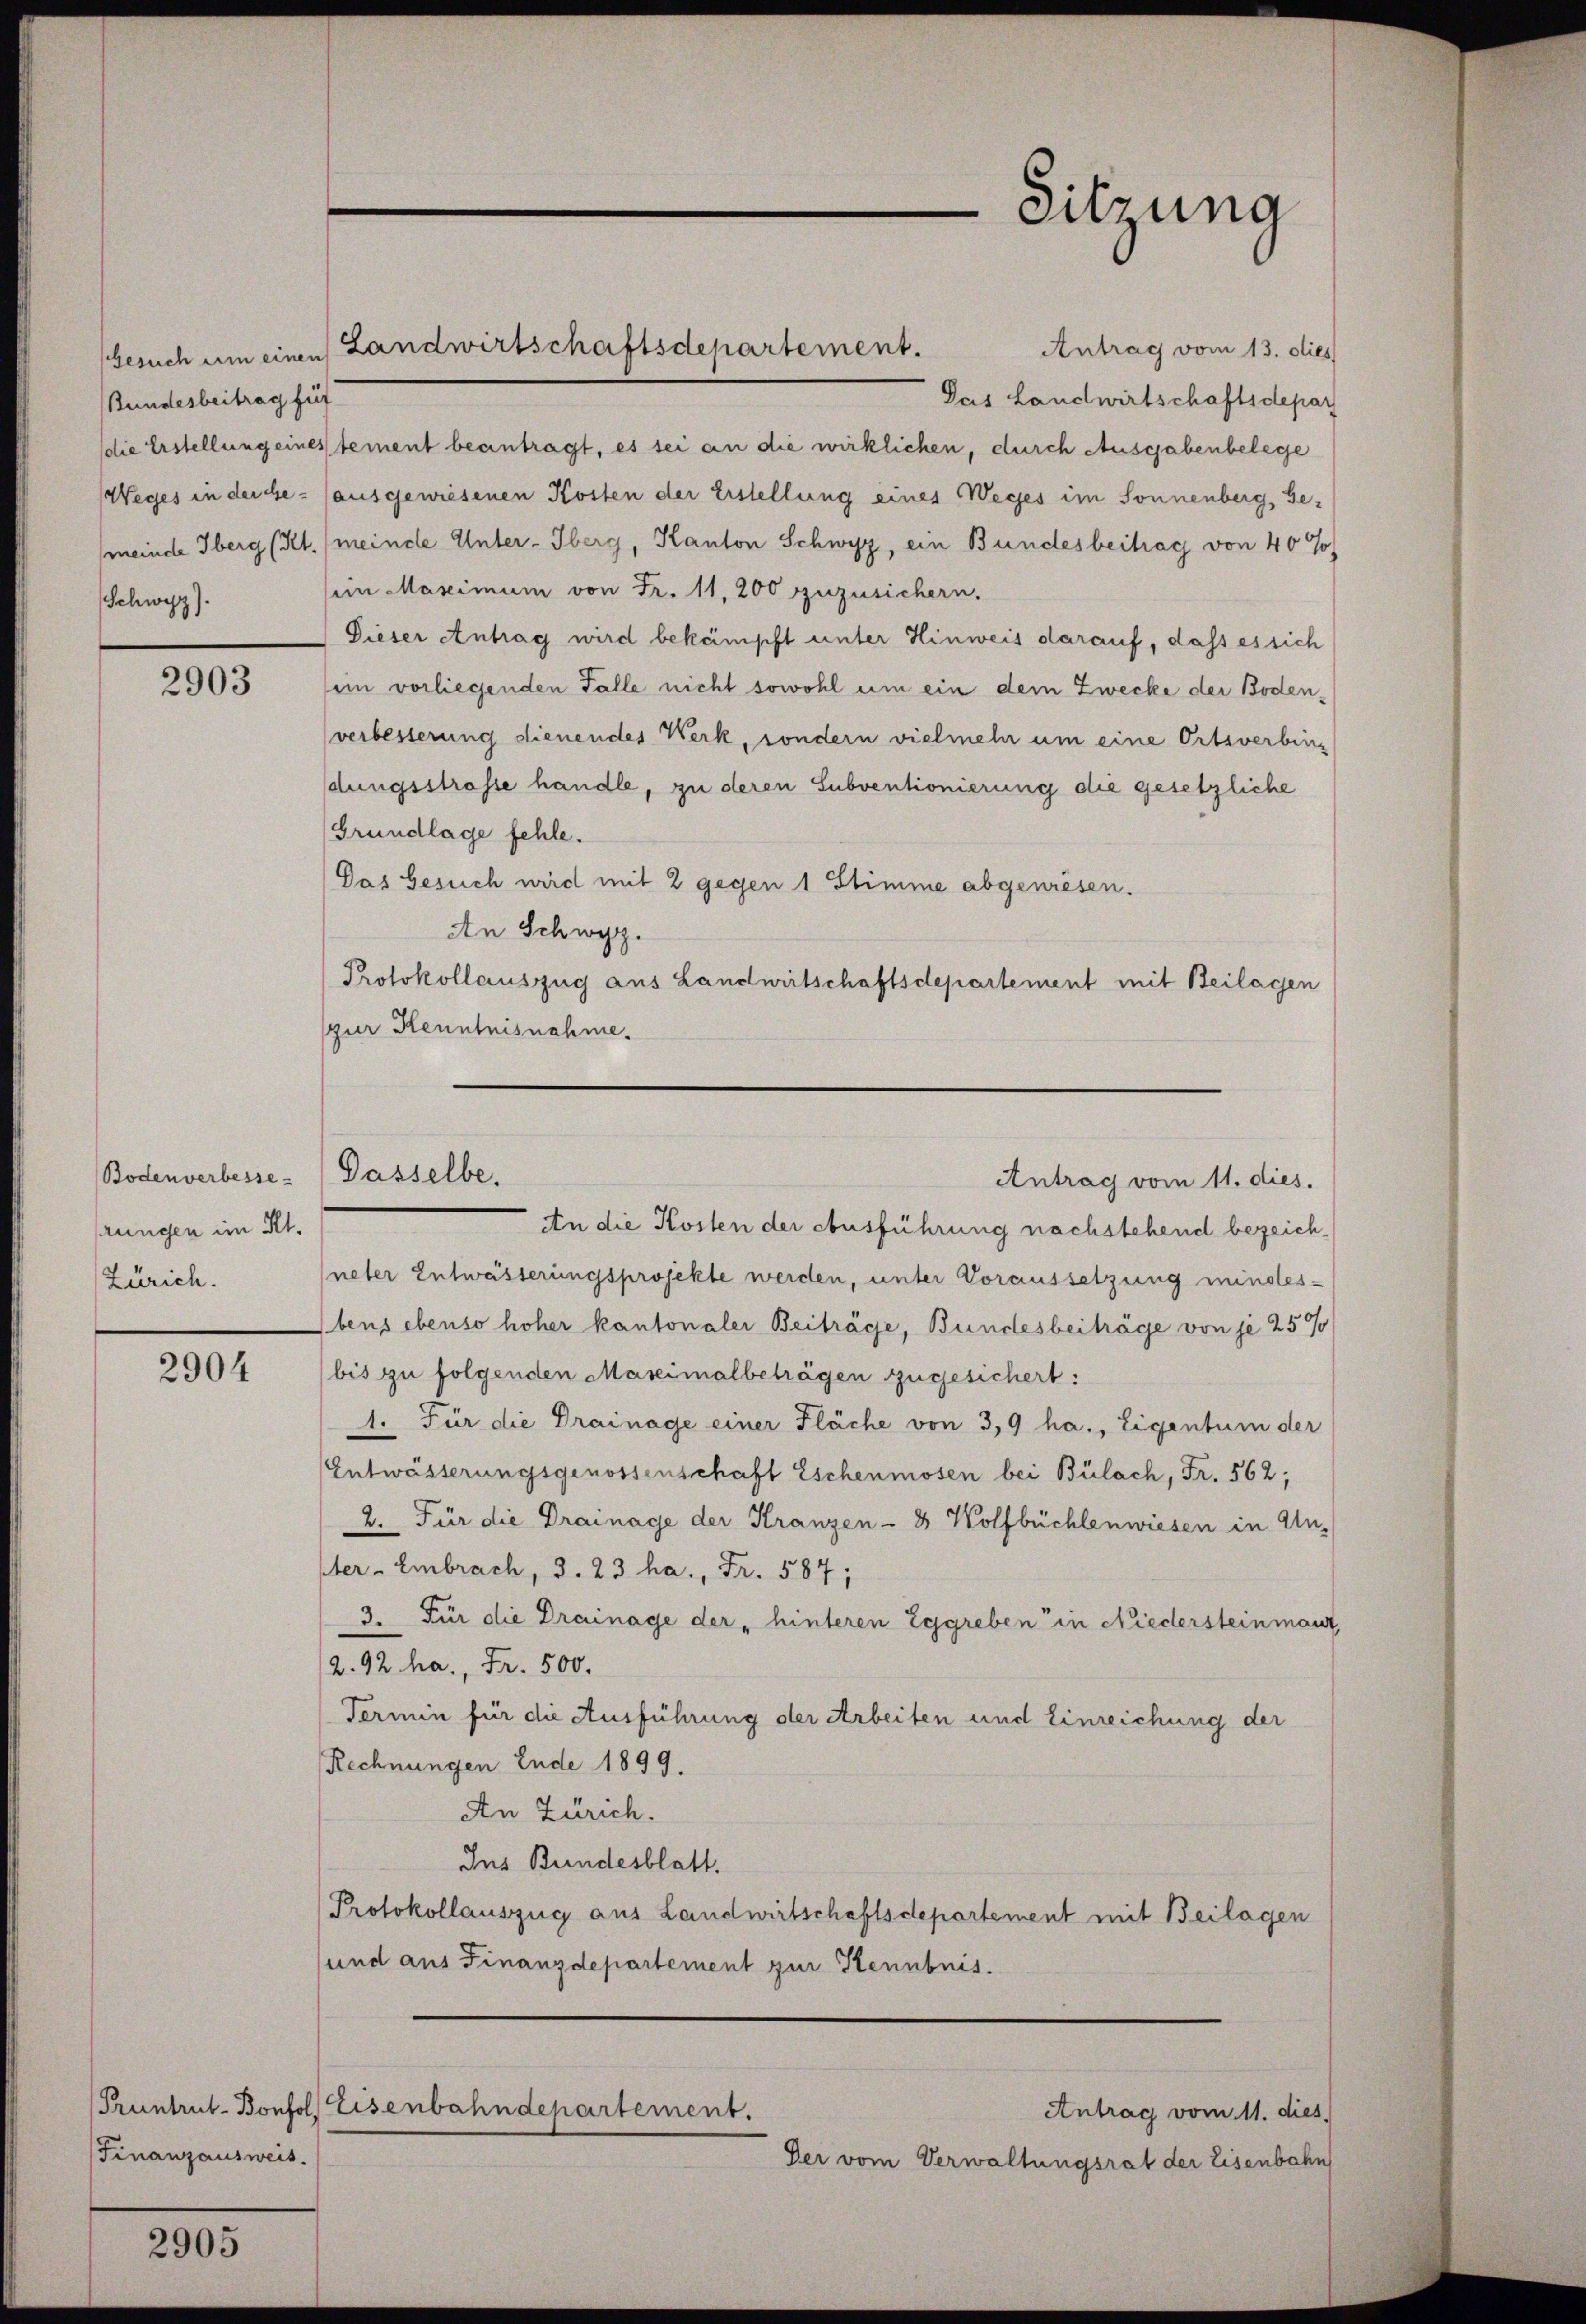
Bundesbeitrag für
Schwyz).

2903

Bodenverbesse-
rungen im Kt.
Zürich.

2904

Pruntrut-Bonfol
Finanzausweis.

2905

Gesuch um einen Landwirtschaftsdepartement.

Antrag vom 13. dies
Das Landwirtschaftsdepar
die Erstellung eines tement beantragt, es sei an die wirklichen, durch Ausgabenbelege
Weges in der Ge- (ausgewiesenen Kosten der Erstellung eines Weges im Sonnenberg, Gemeinde Oberg (Kt. (meinde Unter-Oberg, Kanton Schwyz, ein Bundesbeitrag von 40 J
sein Maximum von Fr. 11,200 zuzusichern.
Dieser Antrag wird bekämpft unter Hinweis darauf, daß es sich
ein vorliegenden Falle nicht sowohl um ein dem Zwecke der Bodenverbesserung dienendes Werk, sondern vielmehr um eine Ortsverbing
dungsstrasse handle, zu deren Subventionierung die gesetzliche
Grundlage fehle.
Das Gesuch wird mit 2 gegen 1 Stimme abgewiesen.
An Schwyz.
Protokollauszug aus Landwirtschaftsdepartement mit Beilagen
spur Kenntnisnahme.

An die Kosten der Ausführung nachstehend bezeichneter Entwässerungsprojekte werden, unter Voraussetzung mindes¬
Ebens ebenso hoher kantonaler Beiträge, Bundesbeiträge von je 25%
bis zu folgenden Maximalbeträgen zugesichert:
1. Für die Drainage einer Fläche von 3,9 ha., Eigentum der
Entwässerungsgenossenschaft Eschenmosen bei Bülach, Fr. 562;
2. Für die Drainage der Kranzen - 3 Wolfbüchlenwiesen in Unter-Embrach, 3. 23 ha., Fr. 587;
3. Für die Drainage der hinteren Eggreben in Niedersteinmant
2. 92. ha., Fr. 500.
Termin für die Ausführung der Arbeiten und Einreichung der
Rechnungen Ende 1899.
An Zürich.
Ins Bundesblatt.
Protokollauszug aus Landwirtschaftsdepartement mit Beilagen
und aus Finanzdepartement zur Kenntnis.

Sitzung

Dasselbe.
Antrag vom 11. dies.

Eisenbahndepartement.
Antrag vom 11. dies

Der vom Verwaltungsrat der Eisenbahn